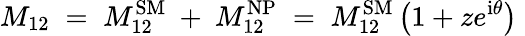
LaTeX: M_{12}\; =\; M_{12}^{\mathrm{SM}}~+~M_{12}^{\mathrm{NP}}\; =\; M_{12}^{\mathrm{SM}}\left(1+ze^{\mathrm{i}\theta}\right)\;